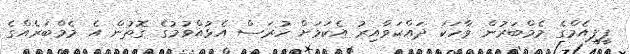
ޕީޕީއެމްގެ މެމްބަރުން ވާހަކަ ދައްކަވާއިރު އެކަމަށް ހުރަސް އެޅުއްވުމުގެ ގޮތުން އެ މެމްބަރެއްގެ